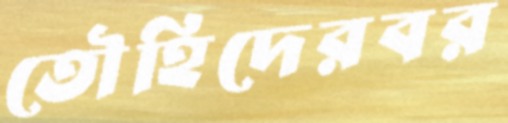
তৌহিদেরবর